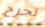
تجرح